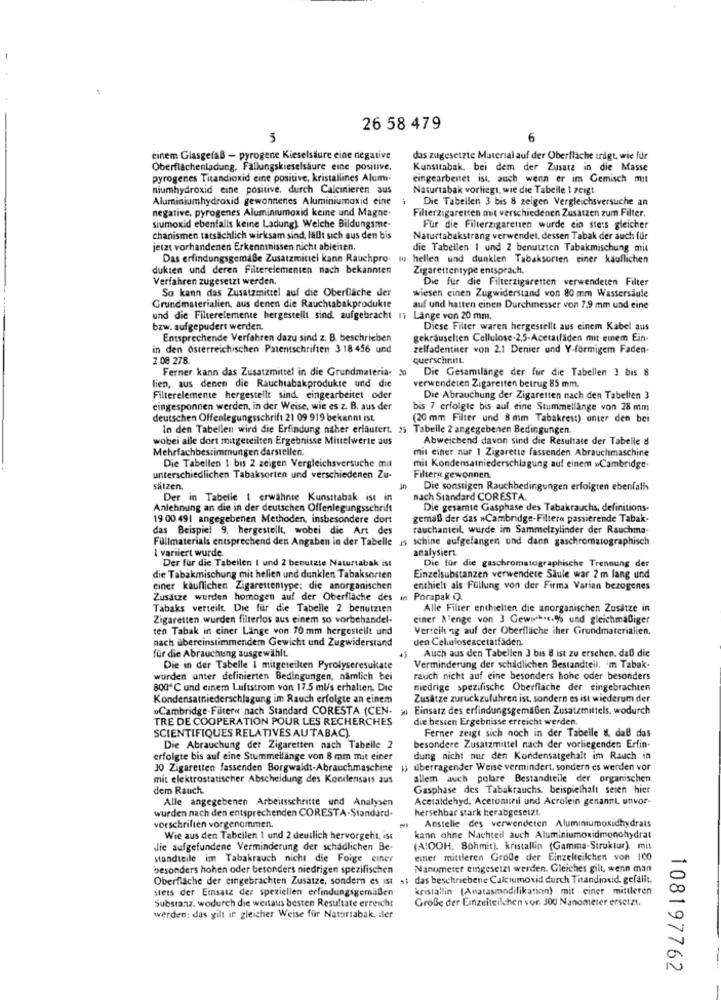
26 58 479
5
cinem Glasgefäß - pyrogene Kieselsäure eine negative
das zugesetzte Material auf der Oberfläche tragt, wie für
Oberflächenladung, Fallungskieselsäure eine positive.
Kunsttabak, bei dem der Zusatz in die Masse
pyrogenes Titandioxid eine positive, kristallines Alumi-
eingearbeitet ist, auch wenn er im Gemisch mit
niumhydroxid eine positive, durch Calcinieren sus
Naturtabak vorliegt, wie die Tabelle 1 zeigt.
Aluminiumhydroxid gewonnenes Aluminiumoxid eine
Die Tabellen 3 bis 8 zeigen Vergleichsversuche an
negative, pyrogenes Aluminiumoxid keine und Magne-
Filterzigaretten mit verschiedenen Zusätzen zum Filter.
siumoxid ebenfalls keine Ladung) Welche Bildungsme.
Für die Filterzigaretten wurde ein stets gleicher
chanismen tatsächlich wirksam sind, läßt sich aus den bis
Naturtabakstrang verwendet, dessen Tabak der auch für
jetzt vorhandenen Erkenntnissen nicht ableiten.
die Tabellen I und 2 benutzten Tabakmischung mit
Das erfindungsgemäße Zusatzmittel kann Rauchpro-
Iu hellen und dunklen Tabaksorten einer kauflichen
dukten und deren Filterelementen nach bekannten
Zigarettentype entsprach,
Verfahren zugesetzt werden.
Die für die Filterzigaretten verwendeten Filter
So kann das Zusatzmittel auf die Oberfläche der
wiesen einen Zugwiderstand von 80 mm Wassersäule
Grundmaterialien, aus denen die Rauchtabakprodukte
auf und hatten einen Durchmesser von 7,9 mm und eine
und die Filterelemente hergestellt sind. aufgebracht 1; Lange von 20 mm.
bzw. aufgepudert werden.
Diese Filter waren hergestellt aus einem Kabel aus
Entsprechende Verfahren dazu sind z. B. beschrieben
gekräuselten Cellulose-2,5-Acetatfäden mit einem Ein-
in den österreichischen Patentschriften 3 18 456 und
zelfadentier von 2.1 Denier und Y-formigem Faden-
2 08 278.
querschnitt
Ferner kann das Zusatzmittel in die Grundmateria- 30
Die Gesamtlänge der fur die Tabellen 3 bis 8
verwendeten Zigaretten betrug 85 mm.
lien, aus denen die Rauchtabakprodukte und die
Filterelemente hergestellt sind, eingearbeitet oder
Die Abrauchung der Zigaretten nach den Tabellen 3
eingesponnen werden, in der Weise, wie es z. B. aus der
bis 7 erfolgte bis aul eine Stummellange von 28 mm
deutschen Offenlegungsschrift 21 09 919 bekannt ist.
(20 mm Filter und 8 mm Tabakrest) unter den bei
In den Tabellen wird die Erfindung naher erläutert.
Tabelle 2 angegebenen Bedingungen.
wobei alle dort mitgeteilten Ergebnisse Miuelwerte aus
Abweichend davon sind die Resultate der Tabelle &
Mehrfachbestimmungen darstellen.
mit einer nur 1 Zigarette fassenden Abrauchmaschine
Die Tabellen 1 bis 2 zeigen Vergleichsversuche mut
mit Kondensatniederschlagung auf einem wCambridge-
unterschiedlichen Tabaksorten und verschiedenen Zu-
Filtern gewonnen.
sätzen.
Die sonstigen Rauchbedingungen erfolgten ebenfalls
Der in Tabelle ! erwähnte Kunsttabak ist in
nach Standard CORESTA.
Anlehnung an die in der deutschen Offenlegungsschrift
Die gesamte Gasphase des Tabakrauchs, definitions-
19 00 491 angegebenen Methoden, insbesondere dort
gemäß der das »Cambridge-Filtera passierende Tabak.
das Beispiel 9, hergestellt, wobei die Art des
rauchanteil, wurde im Sammelzylinder der Rauchma-
Fullmaterials entsprechend den Angaben in der Tabelle is schine aufgefangen und dann gaschromatographisch
I variiert wurde.
analysiert.
Der für die Tabellen I und 2 benutzte Naturtabak ist
Die für die gaschromatographische Trennung der
die Tabakmischung mit hellen und dunklen Tabaksorten
Einzelsubstanzen verwendete Säule war 2 m lang und
einer kauflichen Zigarettentype; die anorganischen
enthielt als Füllung von der Firma Varian bezogenes
Zusätze wurden homogen auf der Oberfläche des in Porapak Q.
Tabaks verteilt. Die für die Tabelle 2 benutzien
Alle Filter enthielten die anorganischen Zusätze in
Zigaretten wurden filterlos aus einem so vorbehandel-
ciner & enge von 3 Gewiek.c.9% und gleichmäßiger
ten Tabak in ciner Länge von 70 mm hergestellt und
Verteilt ng auf der Oberfläche iher Grundmaterialien.
nach übereinstimmendem Gewicht und Zugwiderstand
den Celuloseacetatfaden.
Auch aus den Tabellen 3 bis 8 ist zu erschen, daß die
für die Abrauchung ausgewählt.
Die in der Tabelle i mitgeteilten Pyrolyseresultate
Verminderung der schädlichen Bestandteil. 'm Tabak-
wurden unter definierten Bedingungen, nämlich bei
rauch nicht auf eine besonders hohe oder besonders
800℃ und einem Luftstrom von 17.5 ml/s erhalten. Die
niedrige spezifische Oberfläche der eingebrachten
Kondensatniederschlagung im Rauch erfolgte an einem
Zusätze zurückzuführen ist, sondern es ist wiederum der
»Cambridge-Filteret nach Standard CORESTA (CEN-
> Einsatz des erfindungsgemäßen Zusatzmittels, wodurch
TRE DE COOPERATION POUR LES RECHERCHES
die besten Ergebnisse erreicht werden.
SCIENTIFIQUES RELATIVES AU TABAC).
Ferner zeigt sich noch in der Tabelle &, daß das
Die Abrauchung der Zigaretten nach Tabelle 2
besondere Zusatzmittel nach der vorliegenden Erfin-
erfolgte bis auf eine Stummellänge von 8 mm mit einer
dung nicht nur den Kondensatgehalt im Rauch in
30 Zigaretten fassenden Borgwaldt-Abrauchmaschine 1; überragender Weise vermindert, sondern es werden vor
mit elektrostatischer Abscheidung des Kondensats aus
allem auch polare Bestandteile der organischen
dem Rauch
Gasphase des Tabakrauchs. beispielhalt seien hier
Alle angegebenen Arbeitsschritte und Analysen
Acetaldehyd. Acetonitri und Acrolein genannt, unvor-
wurden nach den entsprechenden CORESTA-Standard.
hersehbar stark herabgesetzt.
vorschriften vorgenommen.
Anstelle des verwendeten Aluminiumoxidhydrals
Wie aus den Tabellen 1 und 2 deutlich hervorgeht, ist
kann ohne Nachteil auch Aluminiumoxidmonohydrat
die aufgefundene Verminderung der schadlichen Be-
(A:OOH, Böhmit), kristallin (Gamma-Struktur), mit
standteile im Tabakrauch nicht die Foige einer
einer mittleren Grode der Einzelteilchen von 100
besonders hohen oder besonders niedrigen spezifischen
Nanometer eingesetzt werden. Gleiches gilt, wenn man
Oberfläche der eingebrachten Zusatze, sondern es ist .t das beschriebene Calciumoxid durch Titandioxid. gefalle.
stets der Einsatz der speziellen erfindungsgemäßen
kristallin (Anatasmodifikation) mit einer mittleren
Substanz, wodurch die weitaus besten Resultate erreicht
Große der Einzelteilchen von 300 Nanometer ersetzt.
werden: das gilt in gleicher Weise für Naturtabak, iler
108197762